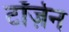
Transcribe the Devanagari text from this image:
टॉर्ज़न